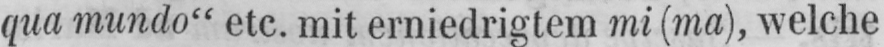
qua mundo“ etc. mit erniedrigtem mi (ma), welche